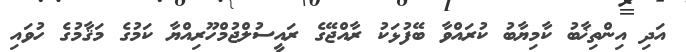
އަދި އިންތިޚާބު ކާމިޔާބު ކުރައްވާ ބޭފުޅަކު ރާއްޖޭގެ ރައީސުލްޖުމްހޫރިއްޔާ ކަމުގެ މަޤާމުގެ ހުވައި